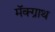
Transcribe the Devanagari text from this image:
मॅक्ग्राथ